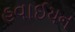
હવાઈયન